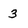
Character: 3